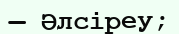
— Әлсіреу;